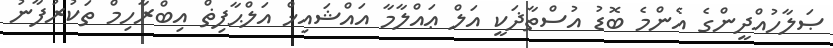
ޞަލާހުއްދީންގެ އެންމެ ބޮޑު އުސްތާޛަކީ އަލް ޢައްލާމާ އައްޝައިޚް އަލްޙާފިޡް އިބްރާހިމް ތަކުރުފާނު